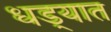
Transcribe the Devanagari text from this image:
धड्यात